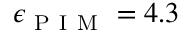
\epsilon _ { \mathrm { ~ P ~ I ~ M ~ } } = 4 . 3